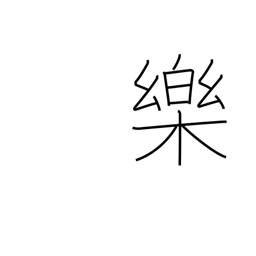
Meaning: comfort